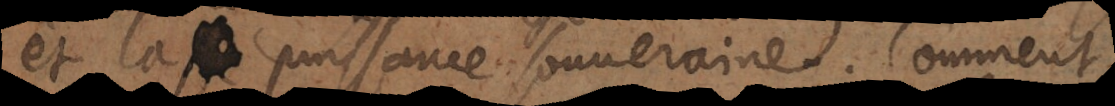
et la puissance souveraine. Comment